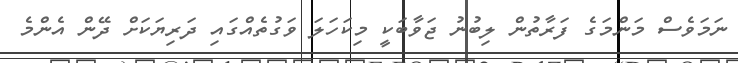
ނަމަވެސް މަންމަގެ ފަރާތުން ލިބުނު ޖަވާބަކީ މިކަހަލަ ވަގުތެއްގައި ދަރިޔަކަށް ދޭން އެންމެ